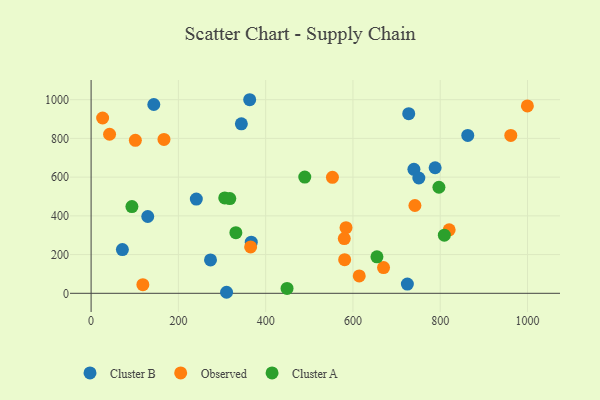
{"axis": {"x": "Experience", "y": "Sales"}, "legend": ["Cluster A", "Cluster B", "Observed"], "data": [{"x": "724.7", "y": 47.7, "type": "Cluster B"}, {"x": "739.7", "y": 640.2, "type": "Cluster B"}, {"x": "367.0", "y": 264.2, "type": "Cluster B"}, {"x": "788.3", "y": 648.5, "type": "Cluster B"}, {"x": "863.1", "y": 815.5, "type": "Cluster B"}, {"x": "363.4", "y": 999.8, "type": "Cluster B"}, {"x": "241.1", "y": 486.6, "type": "Cluster B"}, {"x": "71.7", "y": 225.6, "type": "Cluster B"}, {"x": "143.7", "y": 975.1, "type": "Cluster B"}, {"x": "310.4", "y": 5.3, "type": "Cluster B"}, {"x": "751.0", "y": 595.5, "type": "Cluster B"}, {"x": "344.3", "y": 875.4, "type": "Cluster B"}, {"x": "727.8", "y": 927.8, "type": "Cluster B"}, {"x": "129.8", "y": 396.6, "type": "Cluster B"}, {"x": "273.6", "y": 172.4, "type": "Cluster B"}, {"x": "584.1", "y": 338.7, "type": "Observed"}, {"x": "742.0", "y": 453.5, "type": "Observed"}, {"x": "101.4", "y": 789.9, "type": "Observed"}, {"x": "580.2", "y": 282.4, "type": "Observed"}, {"x": "365.5", "y": 239.3, "type": "Observed"}, {"x": "118.6", "y": 44.3, "type": "Observed"}, {"x": "26.4", "y": 905.5, "type": "Observed"}, {"x": "670.1", "y": 132.8, "type": "Observed"}, {"x": "999.7", "y": 967.8, "type": "Observed"}, {"x": "961.7", "y": 815.6, "type": "Observed"}, {"x": "553.0", "y": 599.0, "type": "Observed"}, {"x": "581.0", "y": 173.5, "type": "Observed"}, {"x": "820.5", "y": 327.9, "type": "Observed"}, {"x": "167.0", "y": 794.6, "type": "Observed"}, {"x": "614.4", "y": 90.0, "type": "Observed"}, {"x": "42.3", "y": 821.6, "type": "Observed"}, {"x": "809.4", "y": 300.4, "type": "Cluster A"}, {"x": "306.2", "y": 492.4, "type": "Cluster A"}, {"x": "489.6", "y": 600.3, "type": "Cluster A"}, {"x": "93.5", "y": 448.1, "type": "Cluster A"}, {"x": "797.0", "y": 547.7, "type": "Cluster A"}, {"x": "449.0", "y": 25.1, "type": "Cluster A"}, {"x": "317.8", "y": 489.4, "type": "Cluster A"}, {"x": "331.7", "y": 313.1, "type": "Cluster A"}, {"x": "655.0", "y": 188.4, "type": "Cluster A"}]}